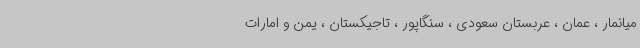
میانمار ، عمان ، عربستان سعودی ، سنگاپور ، تاجیکستان ، یمن و امارات